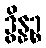
ဒွိန္နဉ္စ